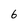
Character: 6